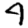
Digit: 4